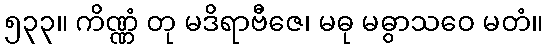
၅၃၃။ ကိဏ္ဏံ တု မဒိရာဗီဇေ၊ မဓု မဓွာသဝေ မတံ။